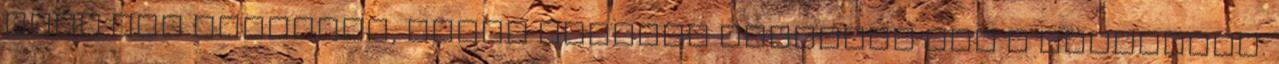
jövő hét péntekig, annyi könyvet rendelek meg a nyomdától.